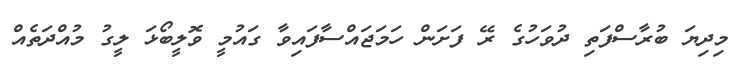
މިދިޔަ ބުރާސްފަތި ދުވަހުގެ ރޭ ފަށަން ހަމަޖައްސާފައިވާ ގައުމީ ވޮލީބޯޅަ ލީގު މުއްދަތެއް